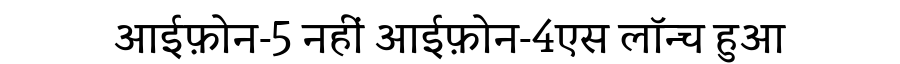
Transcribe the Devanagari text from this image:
आईफ़ोन-5 नहीं आईफ़ोन-4एस लॉन्च हुआ